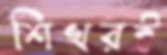
শিখরই